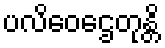
ပလိဝေဌေတုန္တိ